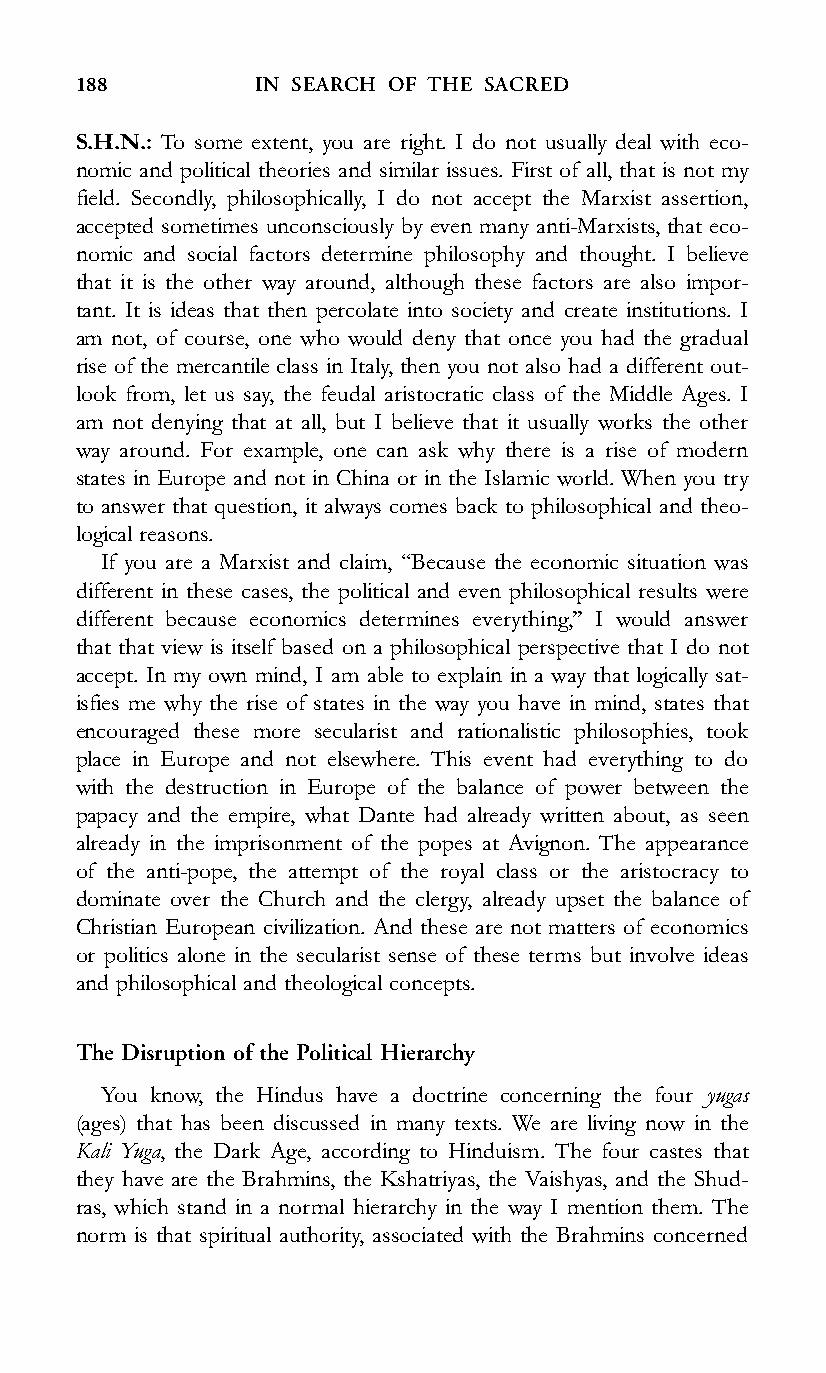
188         IN SEARCH OF THE SACRED
 S.H.N.: To some extent, you are right. I do not usually deal with eco-
 nomic and political theories and similar issues. First of all, that is not my
 field. Secondly, philosophically, I do not accept the Marxist assertion,
 accepted sometimes unconsciously by even many anti-Marxists, that eco-
 nomic and social factors determine philosophy and thought. I believe
 that it is the other way around, although these factors are also impor-
 tant. It is ideas that then percolate into society and create institutions. I
 am not, of course, one who would deny that once you had the gradual
 rise of the mercantile class in Italy, then you not also had a different out-
 look from, let us say, the feudal aristocratic class of the Middle Ages. I
 am not denying that at all, but I believe that it usually works the other
 way around. For example, one can ask why there is a rise of modern
 states in Europe and not in China or in the Islamic world. When you try
 to answer that question, it always comes back to philosophical and theo-
 logical reasons.
 If you are a Marxist and claim, ‘‘Because the economic situation was
 different in these cases, the political and even philosophical results were
 different because economics determines everything,’’ I would answer
 that that view is itself based on a philosophical perspective that I do not
 accept. In my own mind, I am able to explain in a way that logically sat-
 isfies me why the rise of states in the way you have in mind, states that
 encouraged these more secularist and rationalistic philosophies, took
 place in Europe and not elsewhere. This event had everything to do
 with the destruction in Europe of the balance of power between the
 papacy and the empire, what Dante had already written about, as seen
 already in the imprisonment of the popes at Avignon. The appearance
 of the anti-pope, the attempt of the royal class or the aristocracy to
 dominate over the Church and the clergy, already upset the balance of
 Christian European civilization. And these are not matters of economics
 or politics alone in the secularist sense of these terms but involve ideas
 and philosophical and theological concepts.
 The Disruption of the Political Hierarchy
 You know, the Hindus have a doctrine concerning the four yugas
 (ages) that has been discussed in many texts. We are living now in the
 Kali Yuga, the Dark Age, according to Hinduism. The four castes that
 they have are the Brahmins, the Kshatriyas, the Vaishyas, and the Shud-
 ras, which stand in a normal hierarchy in the way I mention them. The
 norm is that spiritual authority, associated with the Brahmins concerned